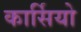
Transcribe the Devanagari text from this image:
कार्सियो